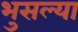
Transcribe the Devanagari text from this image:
भुसल्या